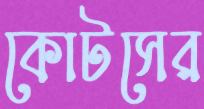
কোটসের